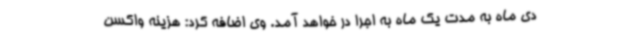
دی ماه به مدت یک ماه به اجرا در خواهد آمد. وی اضافه کرد: هزینه واکسن